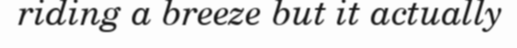
riding a breeze but it actually